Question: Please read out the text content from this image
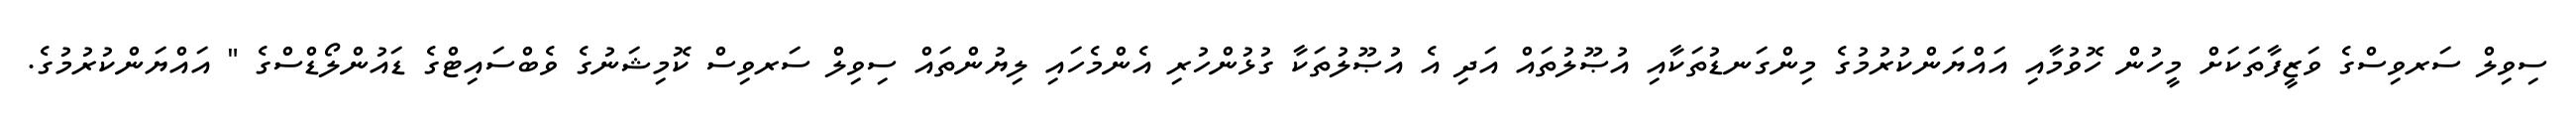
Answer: ސިވިލް ސަރވިސްގެ ވަޒީފާތަކަށް މީހުން ހޮވުމާއި އައްޔަންކުރުމުގެ މިންގަނޑުތަކާއި އުޞޫލުތައް އަދި އެ އުޞޫލުތަކާ ގުޅުންހުރި އެންމެހައި ލިޔުންތައް ސިވިލް ސަރވިސް ކޮމިޝަނުގެ ވެބްސައިޓްގެ ޑައުންލޯޑްސްގެ " އައްޔަންކުރުމުގެ.